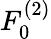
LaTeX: F_{0}^{(2)}